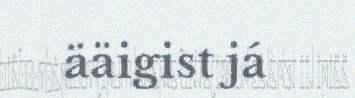
ääigist já